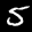
Label: 5